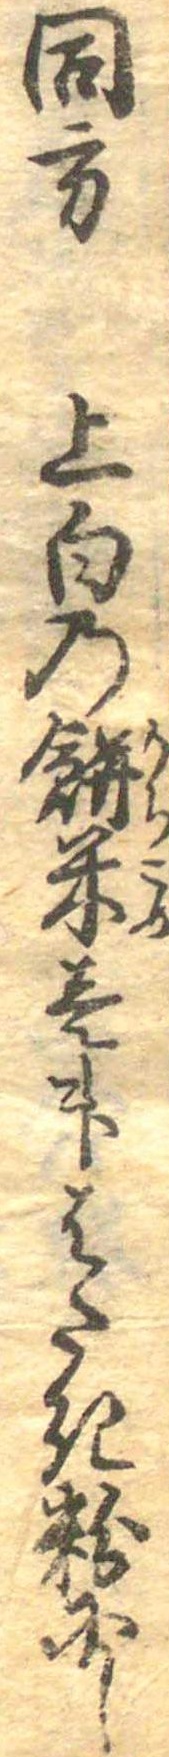
同方上白の餅米壱升はたき粉にし